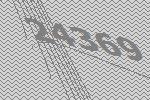
24369